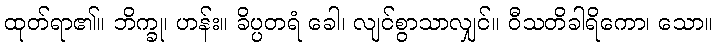
ထုတ်ရာ၏။ ဘိက္ခု၊ ဟန်း။ ခိပ္ပတရံ ခေါ၊ လျင်စွာသာလျှင်။ ဝီသတိခါရိကော၊ သော။